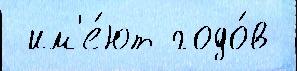
 им'е́ют годо́в